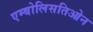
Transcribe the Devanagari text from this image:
एम्बोलिसतिओन